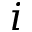
i